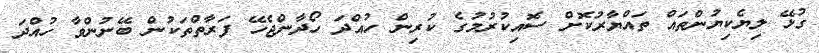
ގުޅޭ ލިޔެކިޔުންތައް ތައްޔާރުކޮށް ސޮއިކުރުމުގެ ކުރިން ހުއްދަ ހޯދާންޖެހޭ ފަރާތްތަކުން ބޭނުންވާ ހުއްދަ